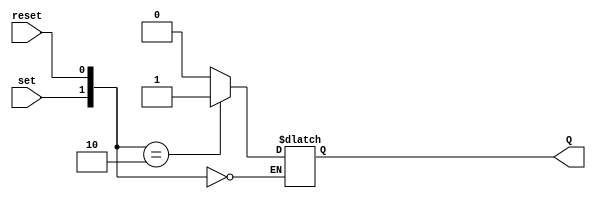
module latch_SR ( input wire set, input wire reset,
                  output reg Q  );

  always @* begin
    case ({set, reset})
      2'b00: Q <= Q;
      2'b01: Q <= 1'b0;
      2'b10: Q <= 1'b1;
      2'b11: Q <= 1'b0;
    endcase
  end

endmodule